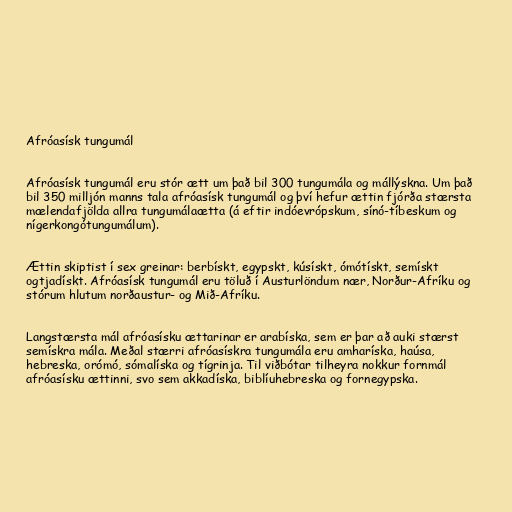
Afróasísk tungumál

Afróasísk tungumál eru stór ætt um það bil 300 tungumála og mállýskna. Um það
bil 350 milljón manns tala afróasísk tungumál og því hefur ættin fjórða stærsta
mælendafjölda allra tungumálaætta (á eftir indóevrópskum, sínó-tíbeskum og
nígerkongótungumálum).

Ættin skiptist í sex greinar: berbískt, egypskt, kúsískt, ómótískt, semískt
ogtjadískt. Afróasísk tungumál eru töluð í Austurlöndum nær, Norður-Afríku og
stórum hlutum norðaustur- og Mið-Afríku.

Langstærsta mál afróasísku ættarinar er arabíska, sem er þar að auki stærst
semískra mála. Meðal stærri afróasískra tungumála eru amharíska, haúsa,
hebreska, orómó, sómalíska og tígrinja. Til viðbótar tilheyra nokkur fornmál
afróasísku ættinni, svo sem akkadíska, biblíuhebreska og fornegypska.